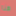
هنا